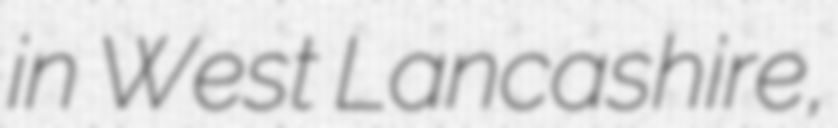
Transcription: in West Lancashire,